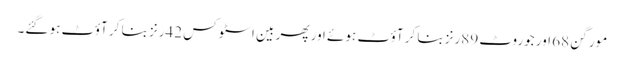
مورگن 68 اور جوروٹ 89رنز بنا کر آؤٹ ہوئے اور پھر بین اسٹوکس 42رنز بنا کر آؤٹ ہو گئے۔